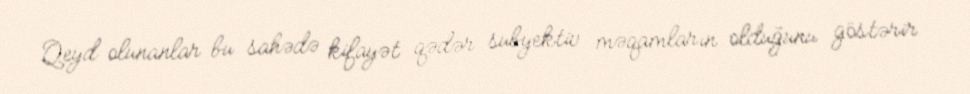
Qeyd olunanlar bu sahədə kifayət qədər subyektiv məqamların olduğunu göstərir